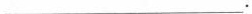
___。